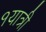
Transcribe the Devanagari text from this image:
१यात्री